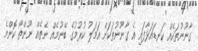
ގާނޫނުތަކެއް ކަނޑައަޅާފައި އެ ގާނޫނުތަކަށް އަމަލު ކުރުމުގެ ބޭނުމެއް ނެތެއް ނޫންތޯ ކޮންމެ